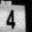
Digit: 4